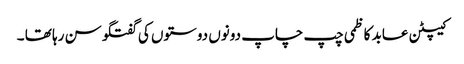
کیپٹن عابد کاظمی چپ چاپ دونوں دوستوں کی گفتگو سن رہا تھا ۔